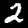
Label: 2